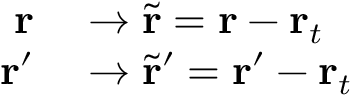
\begin{array} { r l } { \mathbf { r } } & { { } \rightarrow \tilde { \mathbf { r } } = \mathbf { r } - \mathbf { r } _ { t } } \\ { \mathbf { r } ^ { \prime } } & { { } \rightarrow \tilde { \mathbf { r } } ^ { \prime } = \mathbf { r } ^ { \prime } - \mathbf { r } _ { t } } \end{array}